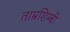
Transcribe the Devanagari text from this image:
ताम्रशिम्बी